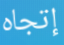
إتجاه